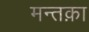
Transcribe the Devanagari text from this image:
मन्तक़ा